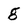
Character: g